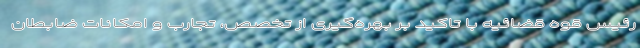
رئیس قوه قضائیه با تاکید بر بهره‌گیری از تخصص، تجارب و امکانات ضابطان